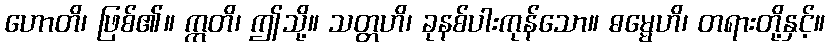
ဟောတိ၊ ဖြစ်၏။ ဣတိ၊ ဤသို့။ သတ္တဟိ၊ ခုနစ်ပါးကုန်သော။ ဓမ္မေဟိ၊ တရားတို့နှင့်။